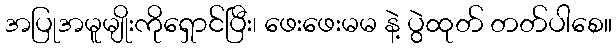
အပြုအမူမျိုးကိုရှောင်ပြီး၊ ဖေးဖေးမမ နဲ့ ပွဲထုတ် တတ်ပါစေ။